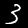
Digit: 3